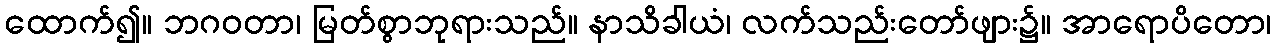
ထောက်၍။ ဘဂဝတာ၊ မြတ်စွာဘုရားသည်။ နာသိခါယံ၊ လက်သည်းတော်ဖျား၌။ အာရောပိတော၊